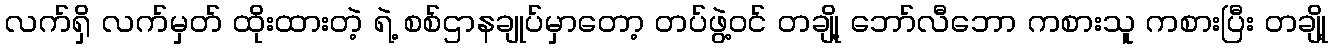
လက်ရှိ လက်မှတ် ထိုးထားတဲ့ ရဲ့ စစ်ဌာနချုပ်မှာတော့ တပ်ဖွဲ့ဝင် တချို့ ဘော်လီဘော ကစားသူ ကစားပြီး တချို့